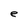
Character: e